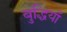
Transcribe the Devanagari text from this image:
बुद्धियाँ